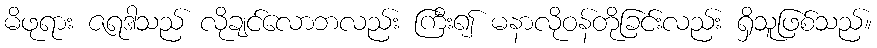
မိဖုရား ဇရဒါသည် လိုချင်လောဘလည်း ကြီး၍ မနာလိုဝန်တိုခြင်းလည်း ရှိသူဖြစ်သည်။